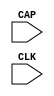
module CAPTURE_SPARTAN3A (CAP, CLK);

    input  CAP, CLK;
    
    parameter ONESHOT = "TRUE";

endmodule